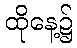
ထိုနေ့၌